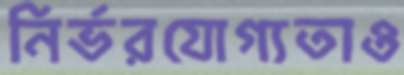
নির্ভরযোগ্যতাও